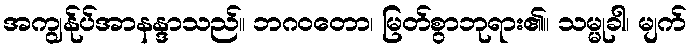
အကျွန်ုပ်အာနန္ဒာသည်။ ဘဂဝတော၊ မြတ်စွာဘုရား၏။ သမ္မုခါ၊ မျက်